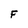
Character: F